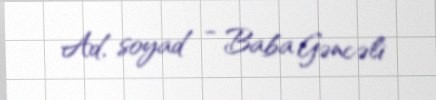
Ad, soyad - Baba Gəncəli